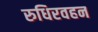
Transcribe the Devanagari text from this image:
रुधिरवहन